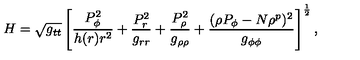
H = \sqrt { g _ { t t } } \left[ { \frac { P _ { \phi } ^ { 2 } } { h ( r ) r ^ { 2 } } } + { \frac { P _ { r } ^ { 2 } } { g _ { r r } } } + { \frac { P _ { \rho } ^ { 2 } } { g _ { \rho \rho } } } + { \frac { ( \rho P _ { \phi } - N \rho ^ { p } ) ^ { 2 } } { g _ { \phi \phi } } } \right] ^ { \frac { 1 } { 2 } } ,